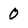
Character: 0